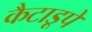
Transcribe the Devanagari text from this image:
कैटाडूपे